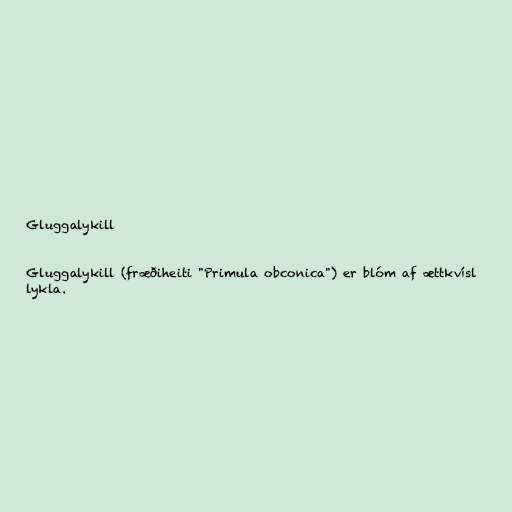
Gluggalykill

Gluggalykill (fræðiheiti "Primula obconica") er blóm af ættkvísl
lykla.